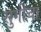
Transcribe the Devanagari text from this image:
सुगीचा